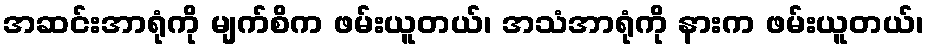
အဆင်းအာရုံကို မျက်စိက ဖမ်းယူတယ်၊ အသံအာရုံကို နားက ဖမ်းယူတယ်၊